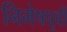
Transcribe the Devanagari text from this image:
निमेषपूर्वी